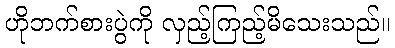
ဟိုဘက်စားပွဲကို လှည့်ကြည့်မိသေးသည်။